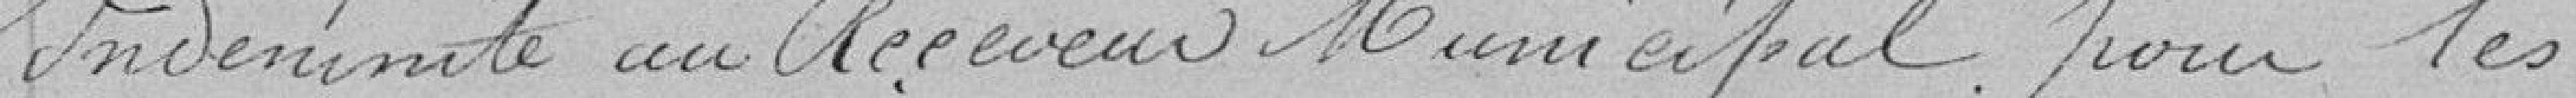
Indemnité au Receveur Municipal pour les